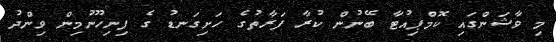
މި ވާޝަންގައި ކޮމްޕިއުޓާ ބޭނުން ކުރާ ފަރާތުގެ ހަށިގަނޑު ގެ ފިނިހޫނުމިން ވިންދު